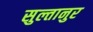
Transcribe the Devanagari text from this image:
सुल्तानुर